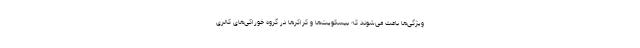
ویژگی‌ها باعث می‌شوند که بیسکویت‌ها و کراکرها در گروه خوراکی‌های کالری